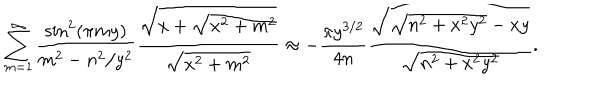
LaTeX: \sum _ { m = 1 } ^ { \infty } \frac { \sin ^ { 2 } ( \pi m y ) } { m ^ { 2 } - n ^ { 2 } / y ^ { 2 } } \frac { \sqrt { x + \sqrt { x ^ { 2 } + m ^ { 2 } } } } { \sqrt { x ^ { 2 } + m ^ { 2 } } } \approx - \frac { \pi y ^ { 3 / 2 } } { 4 n } \frac { \sqrt { \sqrt { n ^ { 2 } + x ^ { 2 } y ^ { 2 } } - x y } } { \sqrt { n ^ { 2 } + x ^ { 2 } y ^ { 2 } } } .